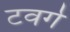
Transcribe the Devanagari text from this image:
टवर्ग